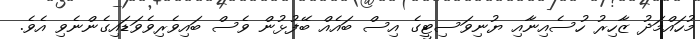
މުހައްމަދު ޒާހިރު ހުސެއިނާއި ޔުނިވަސިޓީގެ އިސް ބައެއް ބޭފުޅުން ވެސް ބައިވެރިވެވަޑައިގެންނެވި އެވެ.